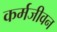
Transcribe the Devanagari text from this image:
कर्मजीवन